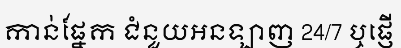
កាន់ផ្នែក ជំនួយអនឡាញ 24/7 ឬផ្ញើ